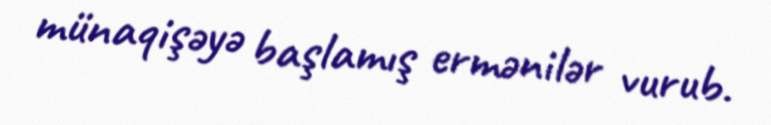
münaqişəyə başlamış ermənilər vurub.